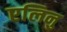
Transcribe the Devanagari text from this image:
एलिनु